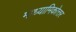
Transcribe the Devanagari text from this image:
माध्यामिकोत्तर